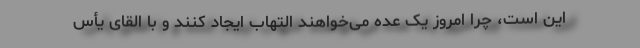
این است، چرا امروز یک عده می‌خواهند التهاب ایجاد کنند و با القای یأس